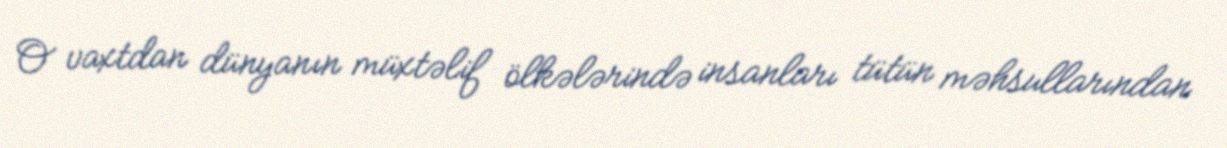
O vaxtdan dünyanın müxtəlif ölkələrində insanları tütün məhsullarından